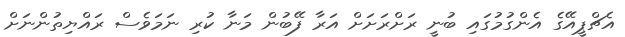
އެޗްޕީއޭގެ އެންގުމުގައި ބުނީ ރަށްރަށަށް އަރާ ފޭބުން މަނާ ކުރި ނަމަވެސް ރައްޔިތުންނަށް